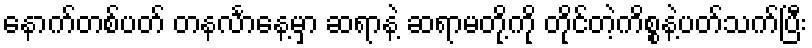
နောက်တစ်ပတ် တနင်္လာနေ့မှာ ဆရာနဲ့ ဆရာမတို့ကို တိုင်တဲ့ကိစ္စနဲ့ပတ်သက်ပြီး